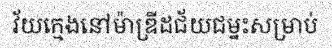
វ័យក្មេងនៅម៉ាឌ្រីដជ័យជម្នះសម្រាប់